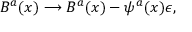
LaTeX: B ^ { a } ( x ) \longrightarrow B ^ { a } ( x ) - \psi ^ { a } ( x ) \epsilon ,